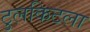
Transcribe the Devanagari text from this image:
टुलकिटला